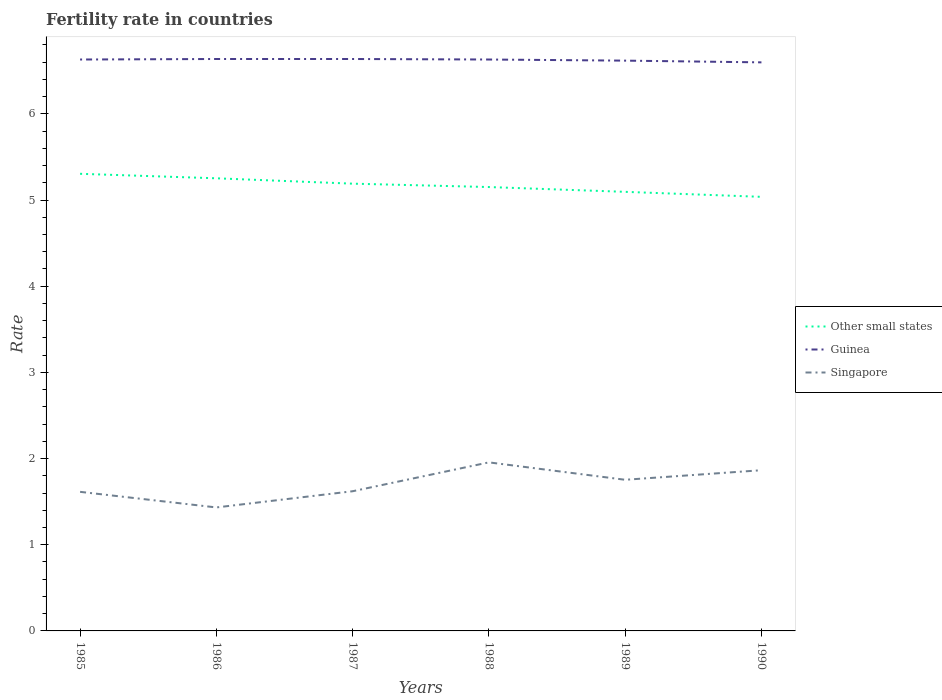
| Years | Other small states | Guinea | Singapore |
 | --- | --- | --- | --- |
 | 1985 | 5.3 | 6.63 | 1.61 |
 | 1986 | 5.25 | 6.64 | 1.43 |
 | 1987 | 5.19 | 6.64 | 1.62 |
 | 1988 | 5.15 | 6.63 | 1.96 |
 | 1989 | 5.1 | 6.62 | 1.75 |
 | 1990 | 5.04 | 6.6 | 1.86 |